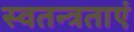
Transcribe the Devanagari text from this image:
स्वतन्त्रताएं